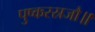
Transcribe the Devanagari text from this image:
पुष्करस्रजौ॥